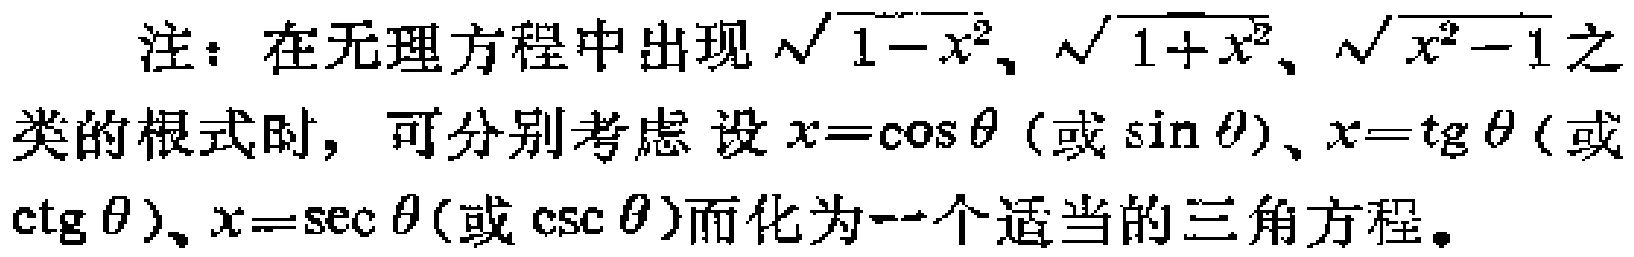
注：在无理方程中出现$\sqrt{1 - x^{2}}$、$\sqrt{1 + x^{2}}$、$\sqrt{x^{2} - 1}$之类的根式时，可分别考虑设$x = \cos\theta$（或$\sin\theta$）、$x = \text{tg}\theta$（或$\text{ctg}\theta$）、$x = \sec\theta$（或$\csc\theta$）而化为一个适当的三角方程。